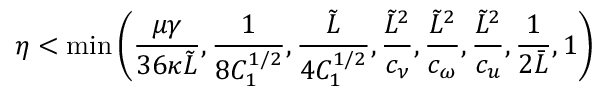
\eta < \operatorname* { m i n } \bigg ( \frac { \mu \gamma } { 3 6 \kappa \tilde { L } } , \frac { 1 } { 8 C _ { 1 } ^ { 1 / 2 } } , \frac { \tilde { L } } { 4 C _ { 1 } ^ { 1 / 2 } } , \frac { \tilde { L } ^ { 2 } } { c _ { \nu } } , \frac { \tilde { L } ^ { 2 } } { c _ { \omega } } , \frac { \tilde { L } ^ { 2 } } { c _ { u } } , \frac { 1 } { 2 \bar { L } } , 1 \bigg )